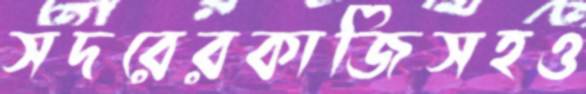
সদরেরকাজিসহও